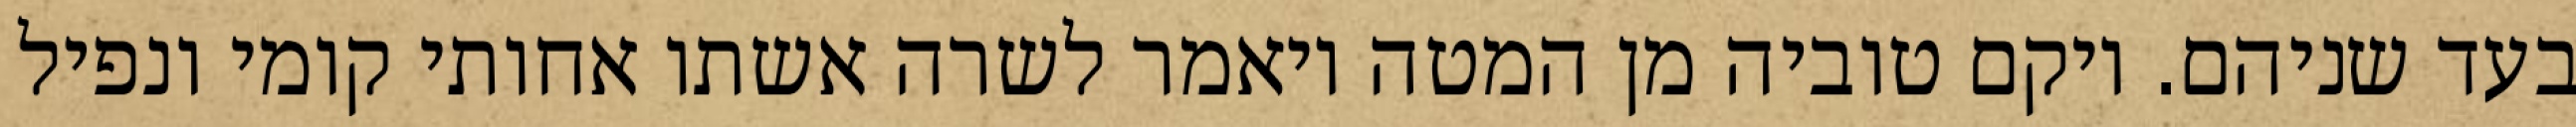
בעד שניהם. ויקם טוביה מן המטה ויאמר לשרה אשתו אחותי קומי ונפיל